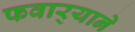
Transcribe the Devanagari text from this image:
फवार्‍याने